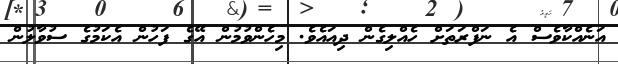
އަނެއްކާވެސް އެ ނަފްރަތަށް ހެއްލިގެން ދިއައެވެ. މިހެންވުމުން އޭގެ ފަހުން އެކަމުގެ ސުވާލުން